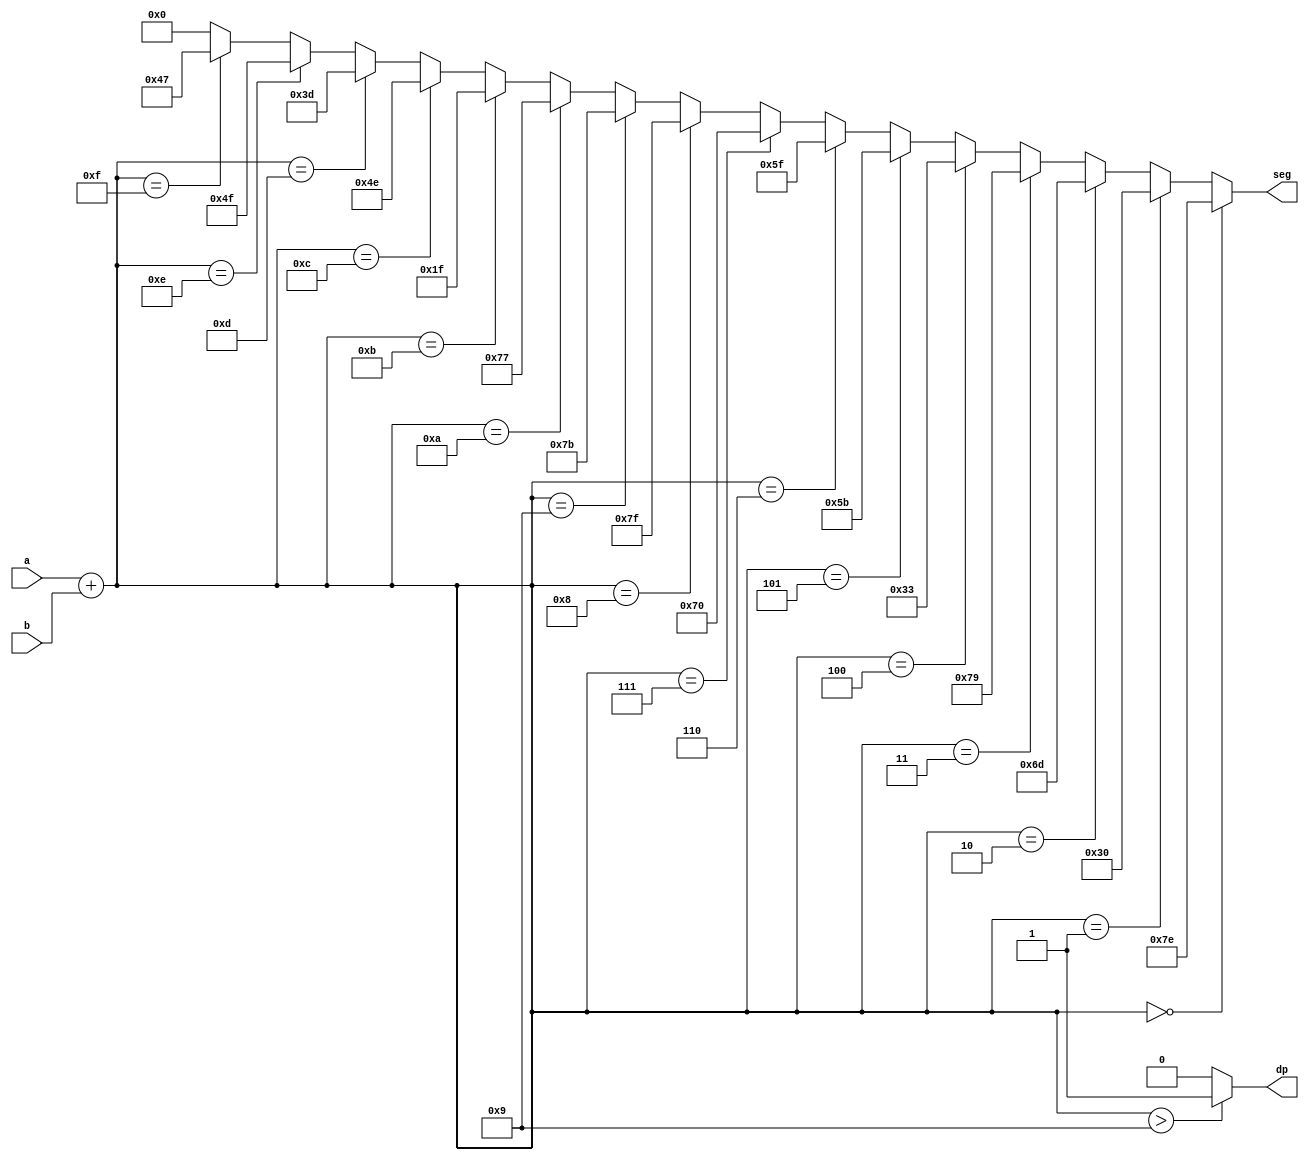
module full_adder_7seg(
    input wire [3:0] a,
    input wire [3:0] b,
    output reg [6:0] seg,
    output reg dp
);

wire [3:0] sum;
assign sum = a + b;

assign seg = (sum == 4'b0000) ? 7'b1111110 :
             (sum == 4'b0001) ? 7'b0110000 :
             (sum == 4'b0010) ? 7'b1101101 :
             (sum == 4'b0011) ? 7'b1111001 :
             (sum == 4'b0100) ? 7'b0110011 :
             (sum == 4'b0101) ? 7'b1011011 :
             (sum == 4'b0110) ? 7'b1011111 :
             (sum == 4'b0111) ? 7'b1110000 :
             (sum == 4'b1000) ? 7'b1111111 :
             (sum == 4'b1001) ? 7'b1111011 :
             (sum == 4'b1010) ? 7'b1110111 :
             (sum == 4'b1011) ? 7'b0011111 :
             (sum == 4'b1100) ? 7'b1001110 :
             (sum == 4'b1101) ? 7'b0111101 :
             (sum == 4'b1110) ? 7'b1001111 :
             (sum == 4'b1111) ? 7'b1000111 :
             7'b0000000;

assign dp = (sum > 4'b1001) ? 1'b1 : 1'b0;

endmodule